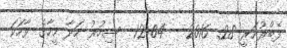
ފެބްރުއަރީ 28